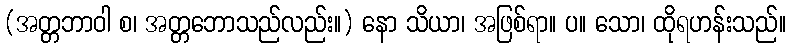
(အတ္တဘာဝါ စ၊ အတ္တဘောသည်လည်း။) နော သိယာ၊ အဖြစ်ရာ။ ပ။ သော၊ ထိုရဟန်းသည်။